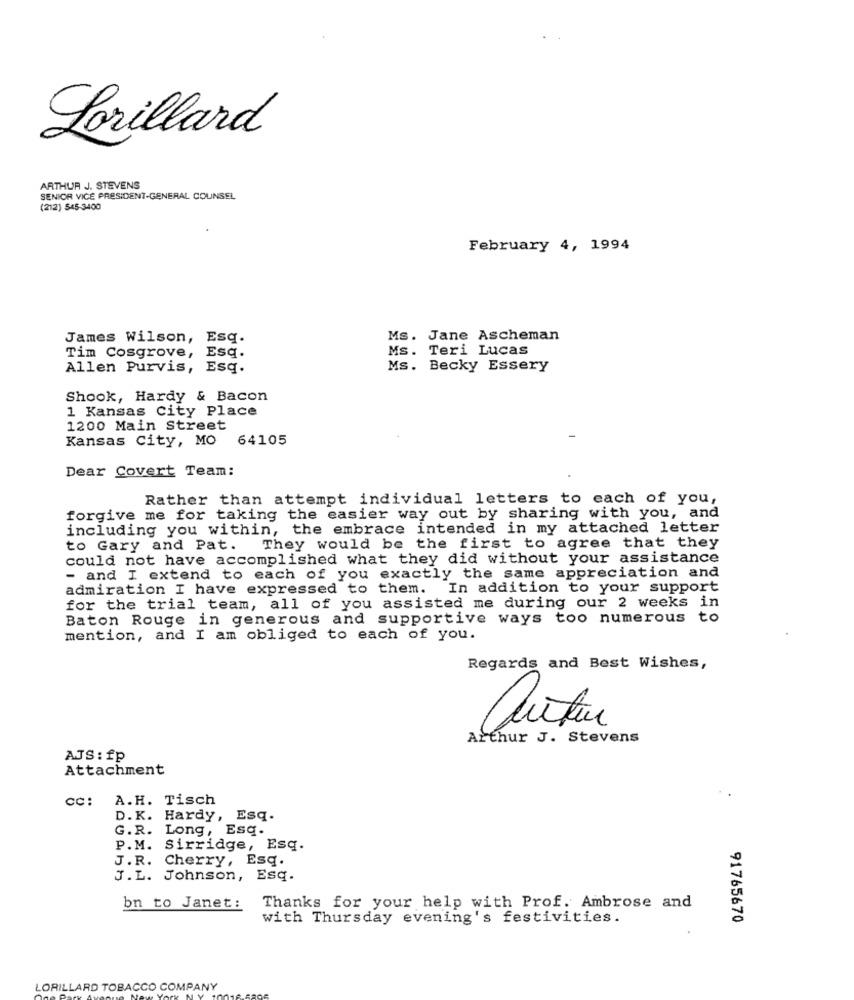
Lorillard
ARTHUR J. STEVENS
SENIOR VICE PRESIDENT-GENERAL COUNSEL
(212) 545-3400
February 4, 1994
James Wilson, Esq.
Ms. Jane Ascheman
Ms. Teri Lucas
Tim Cosgrove, Esq.
Allen Purvis, Esq.
Ms. Becky Essery
Shook, Hardy & Bacon
1 Kansas City Place
1200 Main Street
Kansas City, MO
64105
Dear Covert Team:
Rather than attempt individual letters to each of you,
forgive me for taking the easier way out by sharing with you, and
including you within, the embrace intended in my attached letter
to Gary and Pat.
They would be the first to agree that they
could not have accomplished what they did without your assistance
- and I extend to each of you exactly the same appreciation and
admiration I have expressed to them. In addition to your support
for the trial team, all of you assisted me during our 2 weeks in
Baton Rouge in generous and supportive ways too numerous to
mention, and I am obliged to each of you.
Regards and Best Wishes,
Arthur
Arthur J. Stevens
ATS : fp
Attachment
cc: A.H. Tisch
D.K. Hardy, Esq.
Esq.
G.R. Long ,
P.M. Sirridge, Esq.
J.R. Cherry, Esq.
J.L. Johnson, Esq.
bn to Janet:
Thanks for your help with Prof. Ambrose and
with Thursday evening's festivities.
91765670
LORILLARD TOBACCO COMPANY